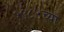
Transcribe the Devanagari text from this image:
१९८५च्या